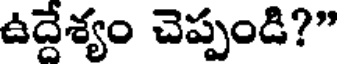
ఉద్దేశ్యం చెప్పండి?"